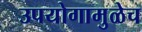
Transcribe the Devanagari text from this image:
उपयोगामुळेच